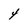
Character: 4